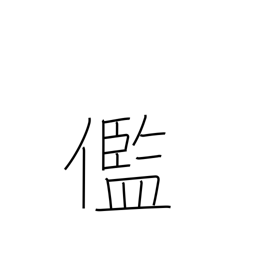
Meaning: ugly